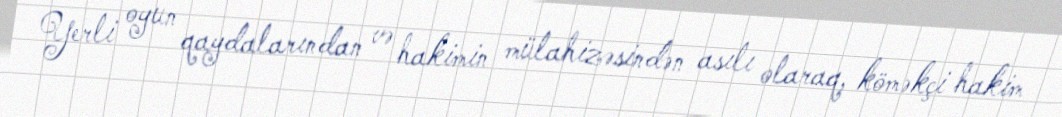
Yerli oyun qaydalarından və hakimin mülahizəsindən asılı olaraq, köməkçi hakim